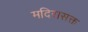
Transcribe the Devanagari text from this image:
मदिरासक्त